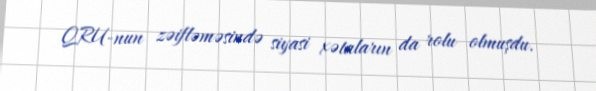
QRU-nun zəifləməsində siyasi xətaların da rolu olmuşdu.